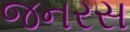
જનરસ